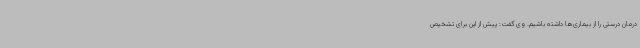
درمان درستی را از بیماری‌ها داشته باشیم. وی گفت: پیش از این برای تشخیص